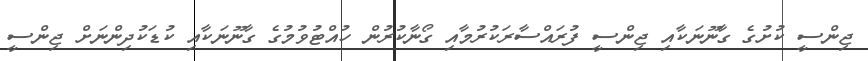
ޖިންސީ ކުށުގެ ގާނޫނަކާއި ޖިންސީ ފުރައްސާރަކުރުމާއި ގޯނާކުރުން ހުއްޓުވުމުގެ ގާނޫނަކާއި ކުޑަކުދިންނަށް ޖިންސީ